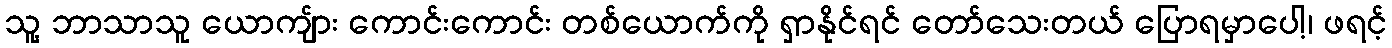
သူ့ ဘာသာသူ ယောကျ်ား ကောင်းကောင်း တစ်ယောက်ကို ရှာနိုင်ရင် တော်သေးတယ် ပြောရမှာပေါ့၊ ဖရင့်